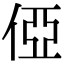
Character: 俹